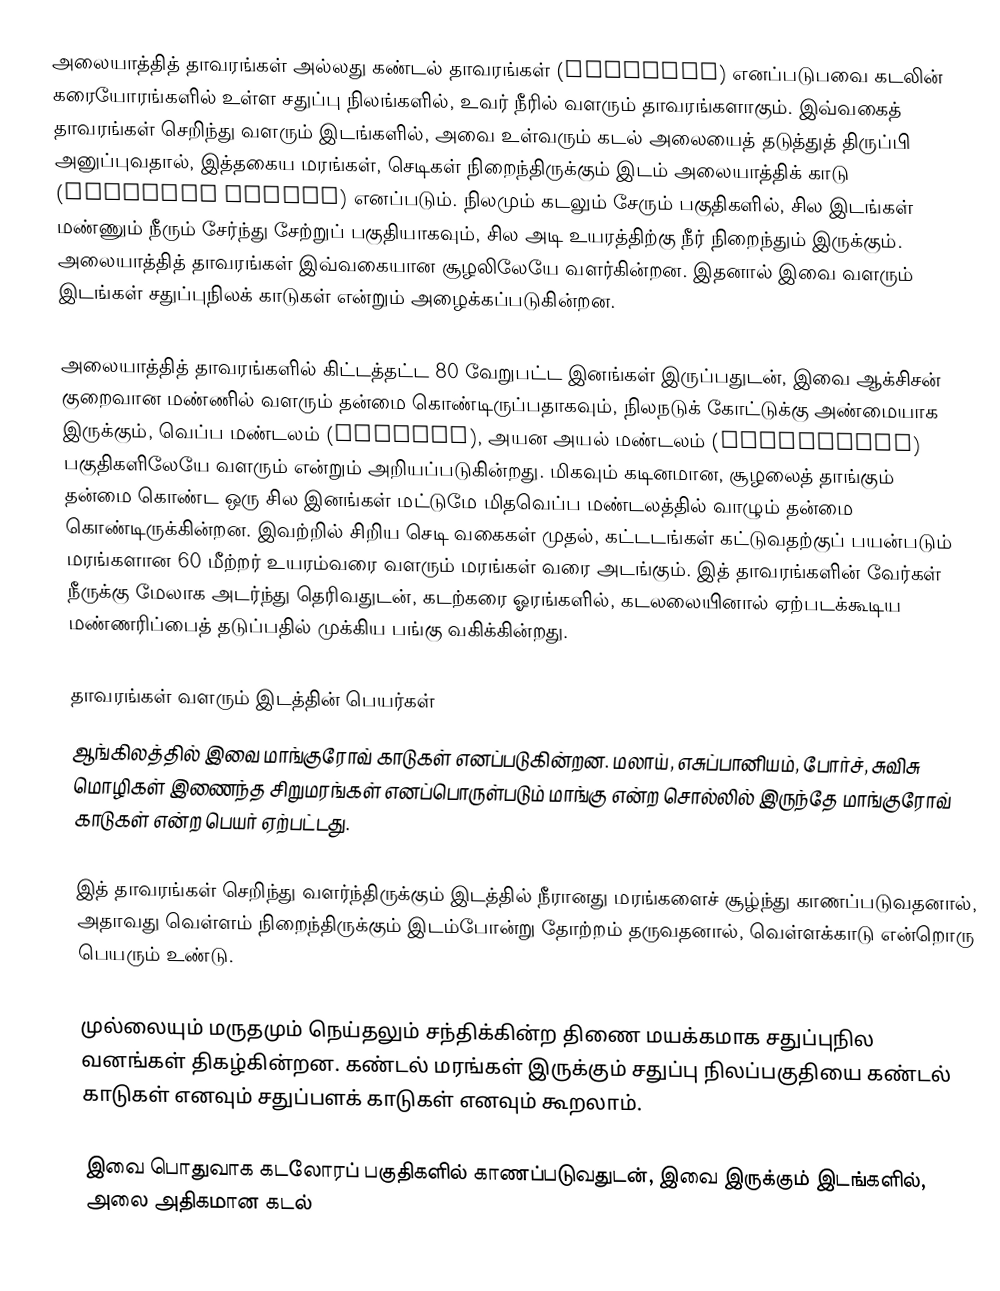
அலையாத்தித் தாவரங்கள் அல்லது கண்டல் தாவரங்கள் (mangrove) எனப்படுபவை கடலின் கரையோரங்களில் உள்ள சதுப்பு நிலங்களில், உவர் நீரில் வளரும் தாவரங்களாகும். இவ்வகைத் தாவரங்கள் செறிந்து வளரும் இடங்களில், அவை உள்வரும் கடல் அலையைத் தடுத்துத் திருப்பி அனுப்புவதால், இத்தகைய மரங்கள், செடிகள் நிறைந்திருக்கும் இடம் அலையாத்திக் காடு (Mangrove forest) எனப்படும். நிலமும் கடலும் சேரும் பகுதிகளில், சில இடங்கள் மண்ணும் நீரும் சேர்ந்து சேற்றுப் பகுதியாகவும், சில அடி உயரத்திற்கு நீர் நிறைந்தும் இருக்கும். அலையாத்தித் தாவரங்கள் இவ்வகையான சூழலிலேயே வளர்கின்றன. இதனால் இவை வளரும் இடங்கள் சதுப்புநிலக் காடுகள் என்றும் அழைக்கப்படுகின்றன.

அலையாத்தித் தாவரங்களில் கிட்டத்தட்ட 80 வேறுபட்ட இனங்கள் இருப்பதுடன், இவை ஆக்சிசன் குறைவான மண்ணில் வளரும் தன்மை கொண்டிருப்பதாகவும், நிலநடுக் கோட்டுக்கு அண்மையாக இருக்கும், வெப்ப மண்டலம் (tropics), அயன அயல் மண்டலம் (subtropics) பகுதிகளிலேயே வளரும் என்றும் அறியப்படுகின்றது. மிகவும் கடினமான, சூழலைத் தாங்கும் தன்மை கொண்ட ஒரு சில இனங்கள் மட்டுமே மிதவெப்ப மண்டலத்தில் வாழும் தன்மை கொண்டிருக்கின்றன. இவற்றில் சிறிய செடி வகைகள் முதல், கட்டடங்கள் கட்டுவதற்குப் பயன்படும் மரங்களான 60 மீற்றர் உயரம்வரை வளரும் மரங்கள் வரை அடங்கும். இத் தாவரங்களின் வேர்கள் நீருக்கு மேலாக அடர்ந்து தெரிவதுடன், கடற்கரை ஓரங்களில், கடலலையினால் ஏற்படக்கூடிய மண்ணரிப்பைத் தடுப்பதில் முக்கிய பங்கு வகிக்கின்றது.

தாவரங்கள் வளரும் இடத்தின் பெயர்கள்
ஆங்கிலத்தில் இவை மாங்குரோவ் காடுகள் எனப்படுகின்றன. மலாய், எசுப்பானியம், போர்ச், சுவிசு மொழிகள் இணைந்த சிறுமரங்கள் எனப்பொருள்படும் மாங்கு என்ற சொல்லில் இருந்தே மாங்குரோவ் காடுகள் என்ற பெயர் ஏற்பட்டது.

இத் தாவரங்கள் செறிந்து வளர்ந்திருக்கும் இடத்தில் நீரானது மரங்களைச் சூழ்ந்து காணப்படுவதனால், அதாவது வெள்ளம் நிறைந்திருக்கும் இடம்போன்று தோற்றம் தருவதனால், வெள்ளக்காடு என்றொரு பெயரும் உண்டு.

முல்லையும் மருதமும் நெய்தலும் சந்திக்கின்ற திணை மயக்கமாக சதுப்புநில வனங்கள் திகழ்கின்றன. கண்டல் மரங்கள் இருக்கும் சதுப்பு நிலப்பகுதியை கண்டல் காடுகள் எனவும் சதுப்பளக் காடுகள் எனவும் கூறலாம்.

இவை பொதுவாக கடலோரப் பகுதிகளில் காணப்படுவதுடன், இவை இருக்கும் இடங்களில், அலை அதிகமான கடல்